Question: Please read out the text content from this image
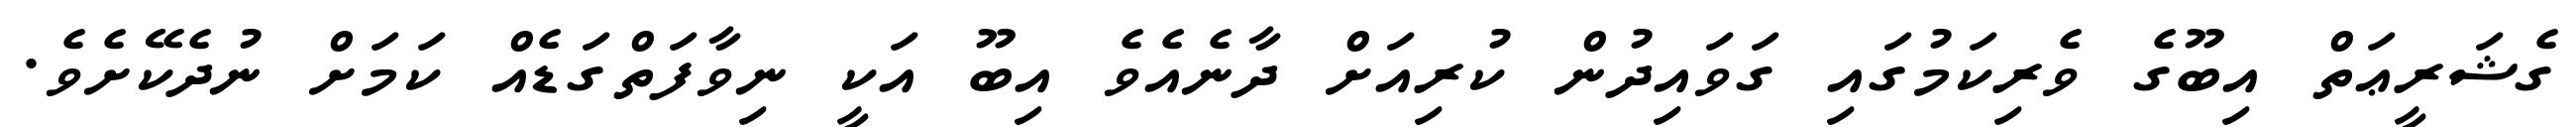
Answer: ގެޝަރީޢަތް އިބޫގެ ވެރިކަމުގައި ގަވައިދުން ކުރިއަށް ދާނެއެވެ އިބޫ އަކީ ނިވާފަތްގަޑެއް ކަމަށް ނުދެކޭށެވެ.